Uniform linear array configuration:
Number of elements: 24
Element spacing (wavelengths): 0.75
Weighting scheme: binomial
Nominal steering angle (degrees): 45
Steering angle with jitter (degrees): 46.083
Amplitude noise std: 0.05
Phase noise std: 0.05

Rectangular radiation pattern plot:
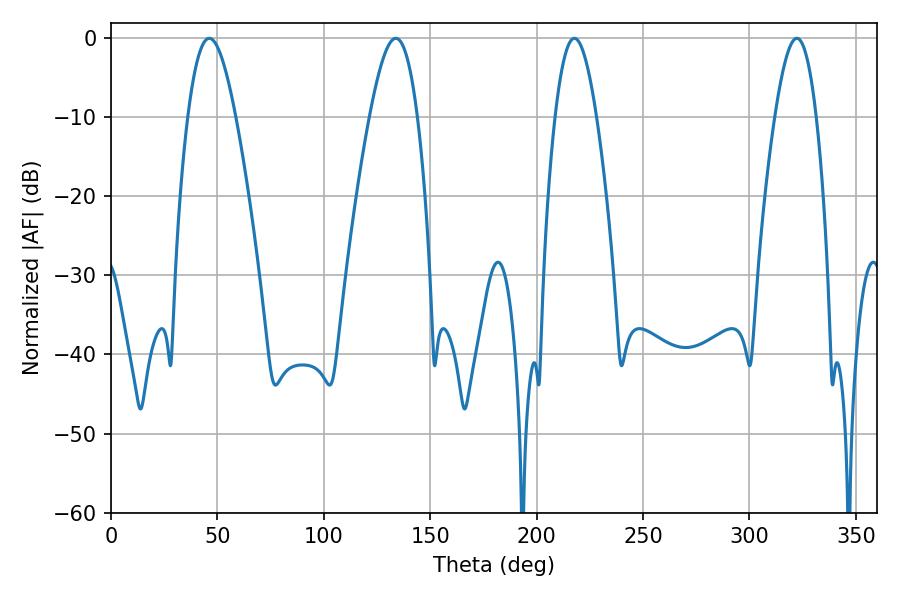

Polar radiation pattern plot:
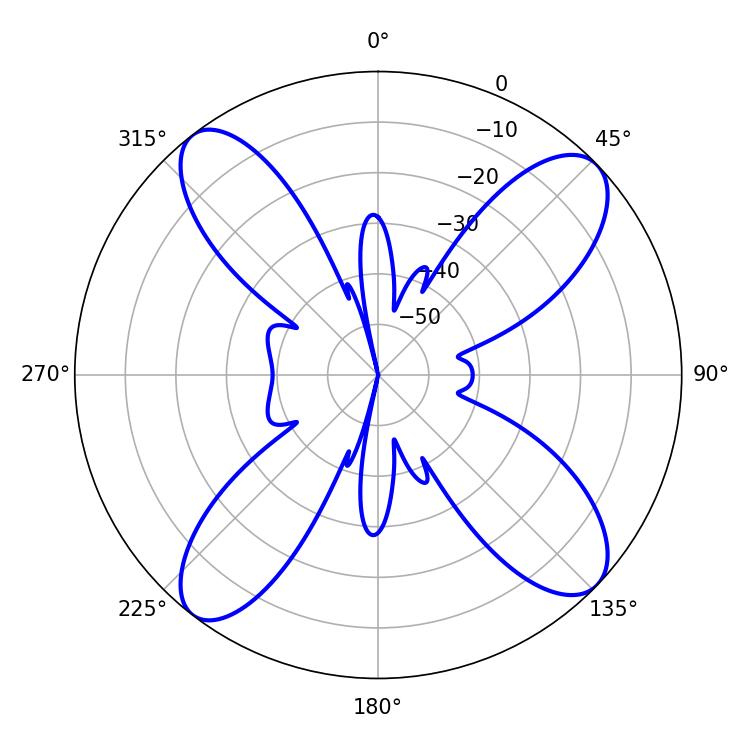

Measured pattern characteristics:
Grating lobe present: TRUE
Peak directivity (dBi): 13.528
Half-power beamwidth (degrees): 10.62
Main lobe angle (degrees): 322.2